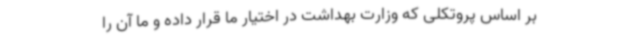
بر اساس پروتکلی که وزارت بهداشت در اختیار ما قرار داده و ما آن را